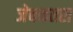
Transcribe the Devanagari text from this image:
जेबकतरा